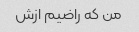
من که راضیم ازش